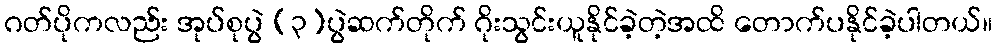
ဂတ်ပိုကလည်း အုပ်စုပွဲ (၃)ပွဲဆက်တိုက် ဂိုးသွင်းယူနိုင်ခဲ့တဲ့အထိ တောက်ပနိုင်ခဲ့ပါတယ်။